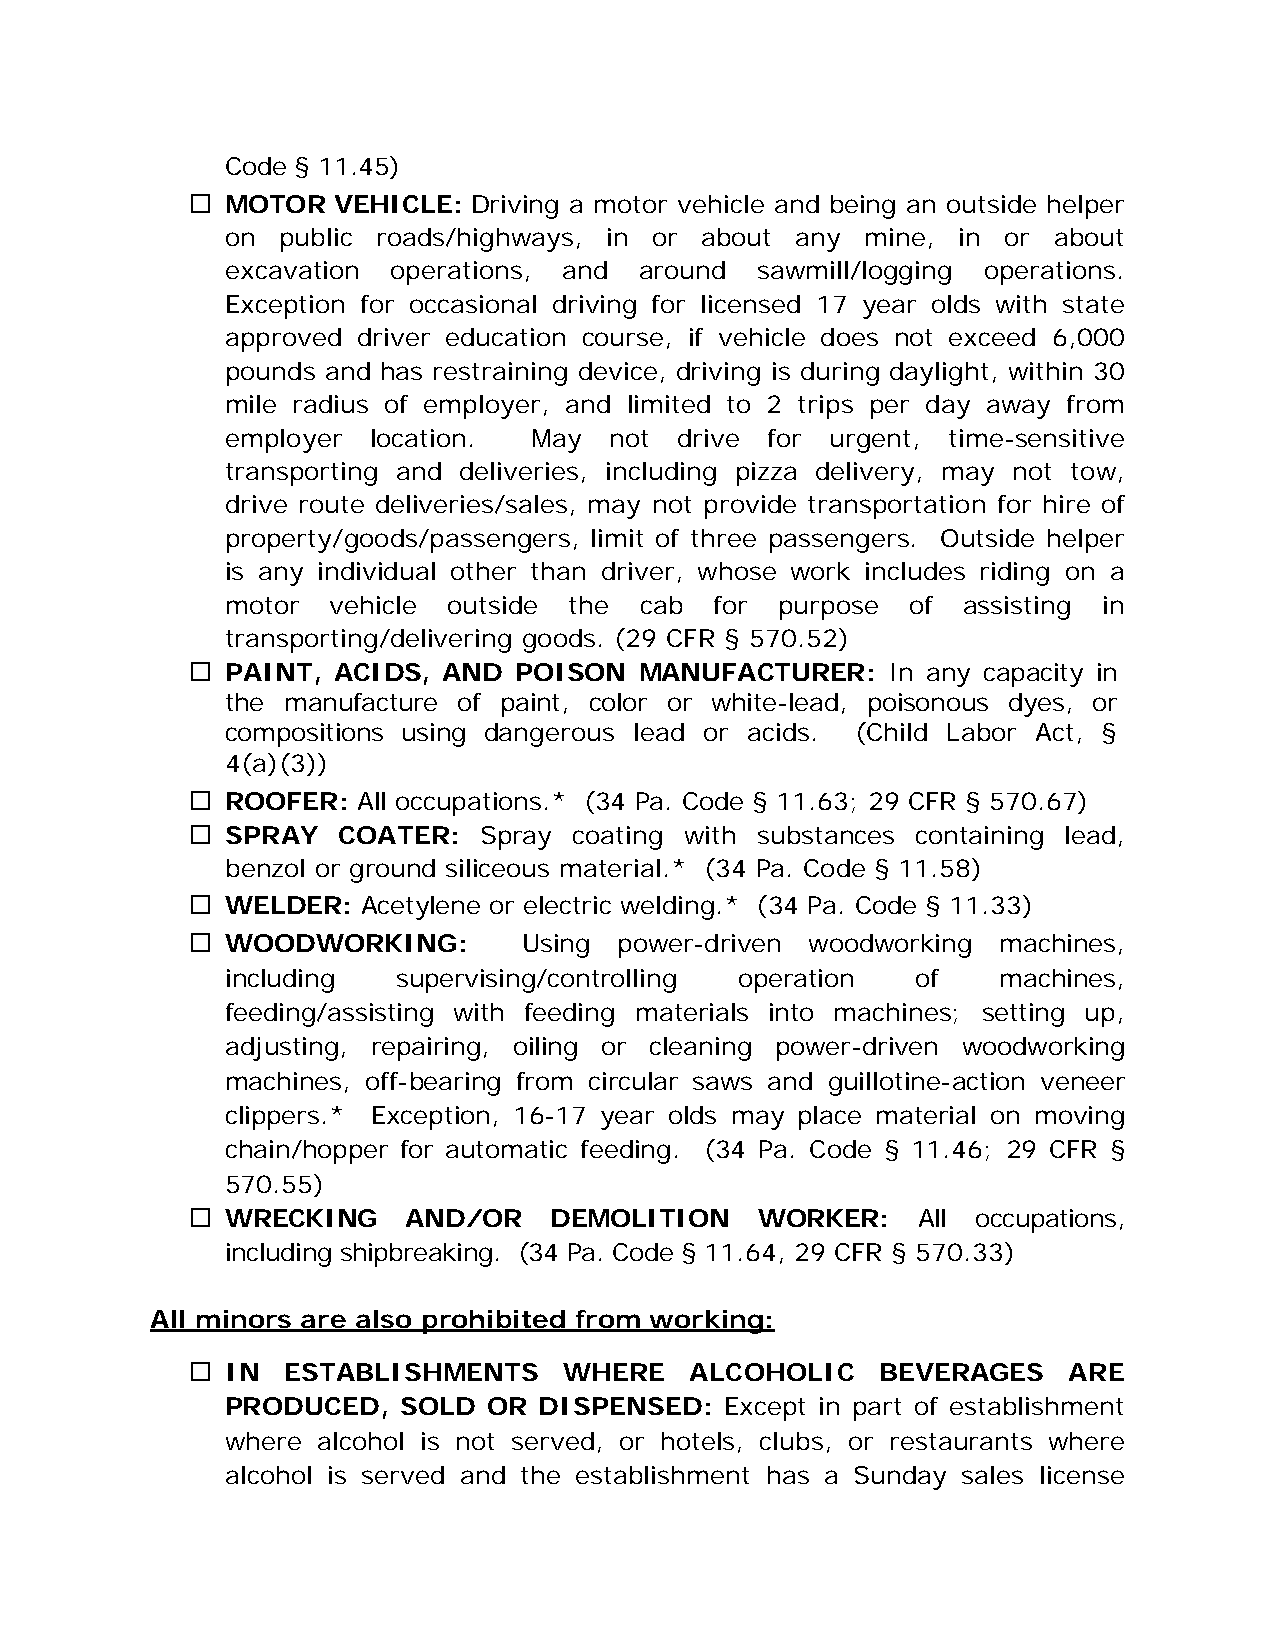
Code § 11.45)
   MOTOR  VEHICLE: Driving a motor vehicle and being an outside helper
 on public roads/highways, in or about any mine, in  or about
 excavation operations, and around  sawmill/logging operations.
 Exception for occasional driving for licensed 17 year olds with state
 approved driver education course, if vehicle does not exceed 6,000
 pounds and has restraining device, driving is during daylight, within 30
 mile radius of employer, and limited to 2 trips per day away from
 employer location.  May  not  drive for urgent, time-sensitive
 transporting and deliveries, including pizza delivery, may not tow,
 drive route deliveries/sales, may not provide transportation for hire of
 property/goods/passengers, limit of three passengers. Outside helper
 is any individual other than driver, whose work includes riding on a
 motor  vehicle outside the cab  for  purpose of  assisting in
 transporting/delivering goods. (29 CFR § 570.52)
   PAINT, ACIDS, AND  POISON  MANUFACTURER:    In any capacity in
 the manufacture of paint, color or white-lead, poisonous dyes, or
 compositions using dangerous lead or acids. (Child Labor Act, §
 4(a)(3))
   ROOFER:  All occupations.* (34 Pa. Code § 11.63; 29 CFR § 570.67)
   SPRAY  COATER:   Spray coating with substances containing lead,
 benzol or ground siliceous material.* (34 Pa. Code § 11.58)
   WELDER:  Acetylene or electric welding.* (34 Pa. Code § 11.33)
   WOODWORKING:        Using power-driven woodworking machines,
 including  supervising/controlling operation  of   machines,
 feeding/assisting with feeding materials into machines; setting up,
 adjusting, repairing, oiling or cleaning power-driven woodworking
 machines, off-bearing from circular saws and guillotine-action veneer
 clippers.* Exception, 16-17 year olds may place material on moving
 chain/hopper for automatic feeding. (34 Pa. Code § 11.46; 29 CFR §
 570.55)
   WRECKING    AND/OR   DEMOLITION    WORKER:    All occupations,
 including shipbreaking. (34 Pa. Code § 11.64, 29 CFR § 570.33)
 All minors are also prohibited from working:
   IN  ESTABLISHMENTS    WHERE    ALCOHOLIC   BEVERAGES    ARE
 PRODUCED,   SOLD OR  DISPENSED:  Except in part of establishment
 where alcohol is not served, or hotels, clubs, or restaurants where
 alcohol is served and the establishment has a Sunday sales license